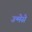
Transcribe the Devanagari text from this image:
उन्मेसे